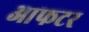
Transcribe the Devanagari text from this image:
आफटर